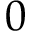
0